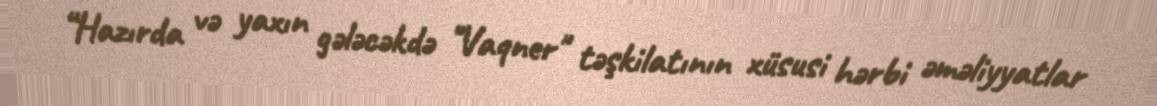
“Hazırda və yaxın gələcəkdə "Vaqner" təşkilatının xüsusi hərbi əməliyyatlar